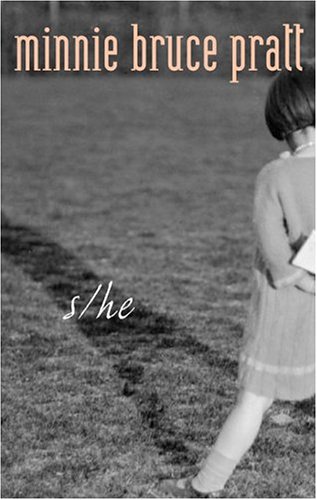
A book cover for S/He; Minnie Bruce Pratt; Gay & Lesbian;